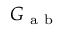
G _ { \mathrm { ~ a ~ b ~ } }